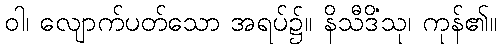
ဝါ၊ လျောက်ပတ်သော အရပ်၌။ နိသီဒိံသု၊ ကုန်၏။